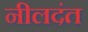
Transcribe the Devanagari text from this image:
नीलदंत